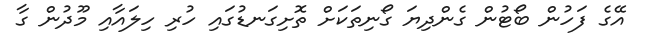
އޭގެ ފަހުން ބޯޓުން ގެންދިޔަ ގޯނިތަކަށް ތޮށިގަނޑުގައި ހުރި ހިލައާއި މޫދުން ގާ